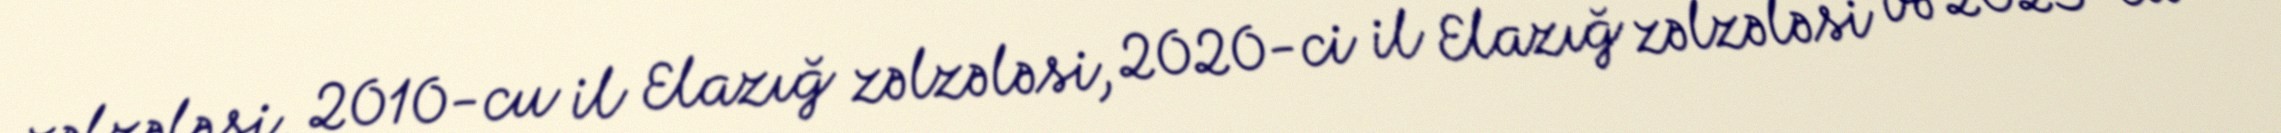
zəlzələsi, 2010-cu il Elazığ zəlzələsi, 2020-ci il Elazığ zəlzələsi və 2023-cü